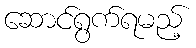
ဆောင်ရွက်ရမည့်